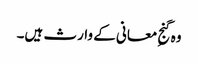
وہ گنجِ معانی کے وارث ہیں۔